Scottish Leaving Certificate Examination, 1960
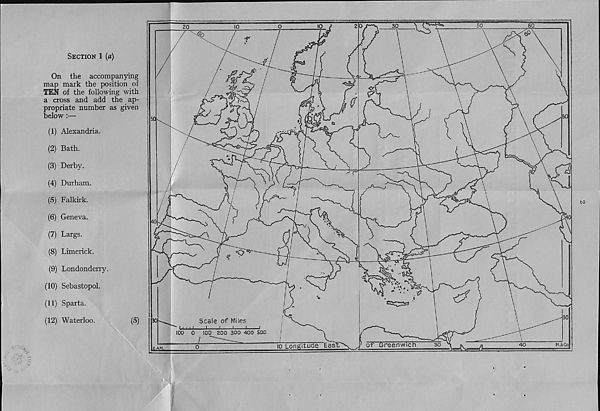
Section 1 [a)
On the accompanying
map mark the position of
TEN of the following with
a cross and add the ap-
propriate number as given
below :—
(1) Alexandria.
(2) Bath.
(3) Derby.
(4) Durham.
(5) Falkirk.
(6) Geneva.
(7) Largs.
(8) Limerick.
(9) Londonderry.
(10) Sebastopol.
(11) Sparta.
(12) Waterloo.
(5)